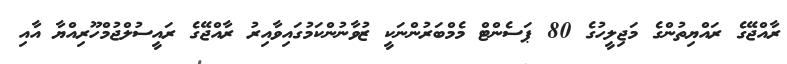
ރާއްޖޭގެ ރައްޔިތުންގެ މަޖިލީހުގެ 80 ޕަސެންޓް މެމްބަރުންނަކީ ޒުވާނުންކަމުގައިވާއިރު ރާއްޖޭގެ ރައީސުލްޖުމްހޫރިއްޔާ އާއި